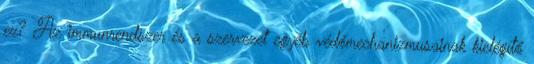
ez? Az immunrendszer és a szervezet egyéb védőmechanizmusainak kielégítő